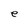
Character: e